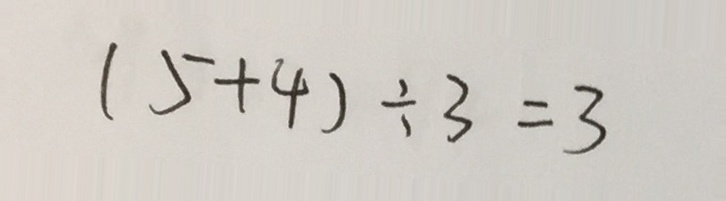
( 5 + 4 ) \div 3 = 3